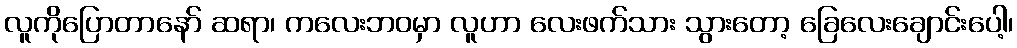
လူကိုပြောတာနော် ဆရာ၊ ကလေးဘဝမှာ လူဟာ လေးဖက်သား သွားတော့ ခြေလေးချောင်းပေါ့၊